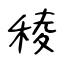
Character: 稜